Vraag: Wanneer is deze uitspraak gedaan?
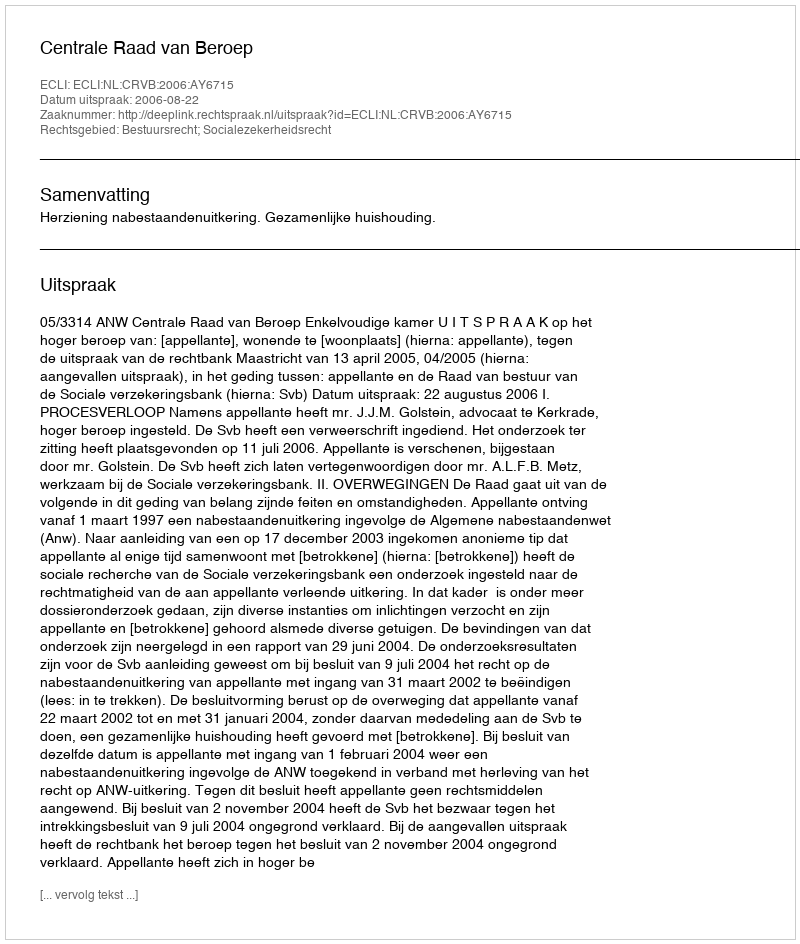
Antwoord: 2006-08-22